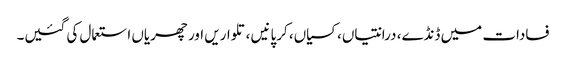
فسادات میں ڈنڈے، درانتیاں، کسیاں، کرپانیں ،تلواریں اور چھریاں استعمال کی گئیں۔